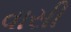
વાસી